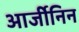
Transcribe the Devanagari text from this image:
आर्जीनिन